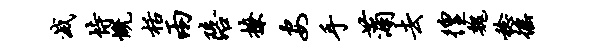
灭恃慨栝两陪撩安手蒲去徨魏稔徭